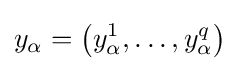
y_{\alpha }=\left(y_{\alpha }^{1},\dots ,y_{\alpha }^{q}\right)